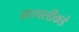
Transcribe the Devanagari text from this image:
ह्यापलीकडे